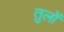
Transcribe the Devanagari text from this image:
तुलों